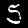
Digit: 5